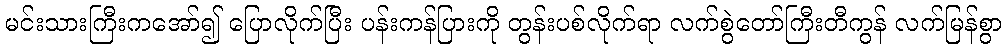
မင်းသားကြီးကအော်၍ ပြောလိုက်ပြီး ပန်းကန်ပြားကို တွန်းပစ်လိုက်ရာ လက်စွဲတော်ကြီးတီကွန် လက်မြန်စွာ